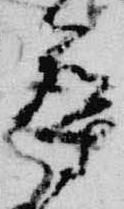
導